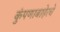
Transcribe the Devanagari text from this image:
कुंपणाबाहेरचे